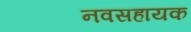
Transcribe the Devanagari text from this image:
नवसहायक